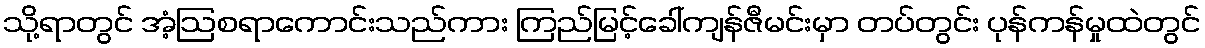
သို့ရာတွင် အံ့ဩစရာကောင်းသည်ကား ကြည်မြင့်ခေါ်ကျန်ဇီမင်းမှာ တပ်တွင်း ပုန်ကန်မှုထဲတွင်